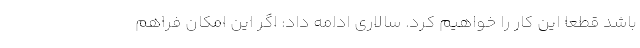
باشد قطعا این کار را خواهیم کرد. سالاری ادامه داد: اگر این امکان فراهم